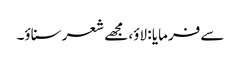
سے فرمایا : لاؤ، مجھے شعر سناؤ۔